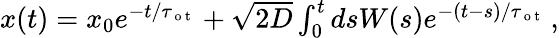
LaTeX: \begin{array}{r}{x(t)=x_{0}e^{-t/\tau_{\mathrm{~o~t~}}}+\sqrt{2D}\int_{0}^{t}dsW(s)e^{-(t-s)/\tau_{\mathrm{~o~t~}}}\, ,}\end{array}